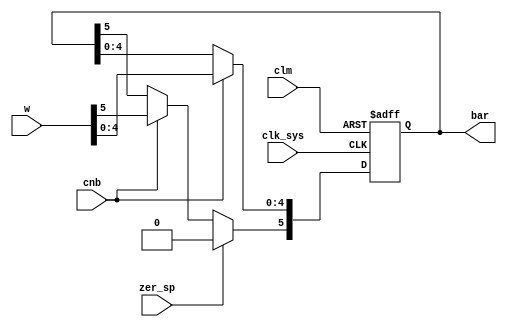
// This program was cloned from: https://github.com/jakubfi/mera400f
// License: GNU General Public License v2.0

/*
	BAR register (bits 10-15 of SR):
	* 10: Q register
	* 11: BS register
	* 12-15: Block number register (NB)
*/

module bar(
	input clk_sys,
	input [10:15] w,
	input cnb,
	input clm,
	input zer_sp,
	output reg [0:5] bar
);

	always @ (posedge clk_sys, posedge clm) begin
		if (clm) bar <= 6'd0;
		else begin
			if (cnb) bar[1:5] <= w[11:15];
			if (zer_sp) bar[0] <= 1'b0;
			else if (cnb) bar[0] <= w[10];
		end
	end

endmodule

// vim: tabstop=2 shiftwidth=2 autoindent noexpandtab